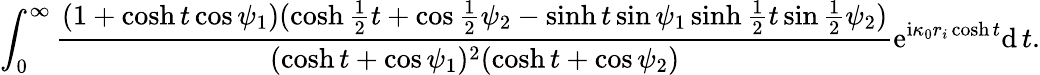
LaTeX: \int_{0}^{\infty}\frac{(1+\cosh t\cos\psi_{1})(\cosh\frac{1}{2}t+\cos\frac{1}{2}\psi_{2}-\sinh t\sin\psi_{1}\sinh\frac{1}{2}t\sin\frac{1}{2}\psi_{2})}{(\cosh t+\cos\psi_{1})^{2}(\cosh t+\cos\psi_{2})}\mathrm{e}^{\mathrm{i}\kappa_{0}r_{i}\cosh t}\mathrm{d}\, t.